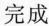
完成